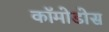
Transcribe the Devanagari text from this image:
कॉमोडोस